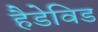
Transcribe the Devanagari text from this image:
हैडेविड